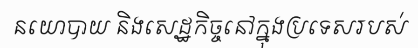
នយោបាយ និងសេដ្ឋកិច្ចនៅក្នុងប្រទេសរបស់